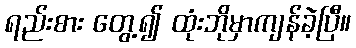
ရည်းစား တွေ့၍ ထုံးဘိုမှာကျန်ခဲ့ပြီ။